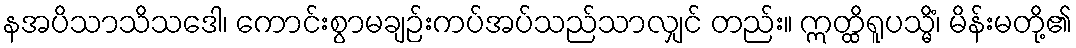
နအပိသာသိသဒေါ၊ ကောင်းစွာမချဉ်းကပ်အပ်သည်သာလျှင် တည်း။ ဣတ္ထိရူပသ္မိံ၊ မိန်းမတို့၏